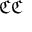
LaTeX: { \mathfrak { C } } { \mathfrak { C } }